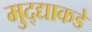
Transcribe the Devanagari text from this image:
मुद्द्याकडे